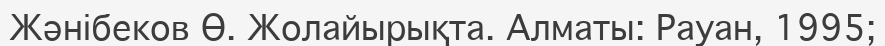
Жәнібеков Ө. Жолайырықта. Алматы: Рауан, 1995;